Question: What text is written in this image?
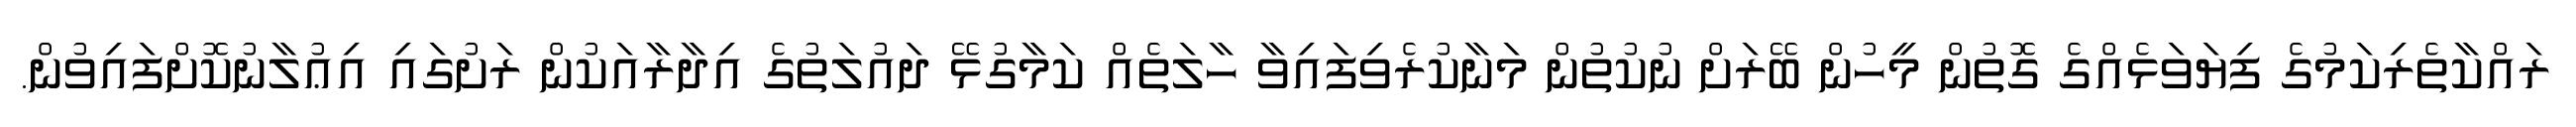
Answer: ރައްކާތެރިކަމުގެ ފިޔަވަޅެއްގެ ގޮތުން މީހުން ބޭރަށް ނުކުތުން މަނާކުރެވިފައިވާ ހާލަތެއް ކަމާގުޅޭ ދައުލަތުގެ އިދާރާއަކުން ރަށުގައި އިޢުލާނުކޮށްފައިވުން.